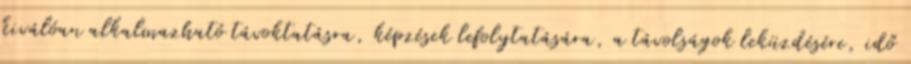
kiválóan alkalmazható távoktatásra, képzések lefolytatására, a távolságok leküzdésére, idő